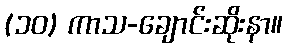
(၁၀) ကာသ-ချောင်းဆိုးနာ။